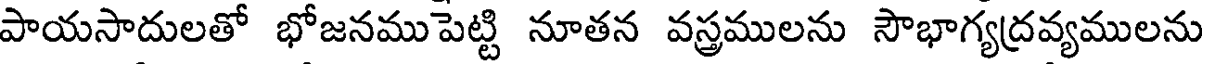
పాయసాదులతో భోజనముపెట్టి నూతన వస్త్రములను సౌభాగ్యద్రవ్యములను